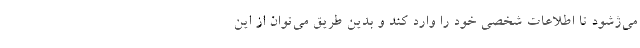
می‌ژشود تا اطلاعات شخصی خود را وارد کند و بدین طریق می‌توان از این